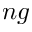
n g